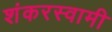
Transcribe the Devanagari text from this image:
शंकरस्वामी